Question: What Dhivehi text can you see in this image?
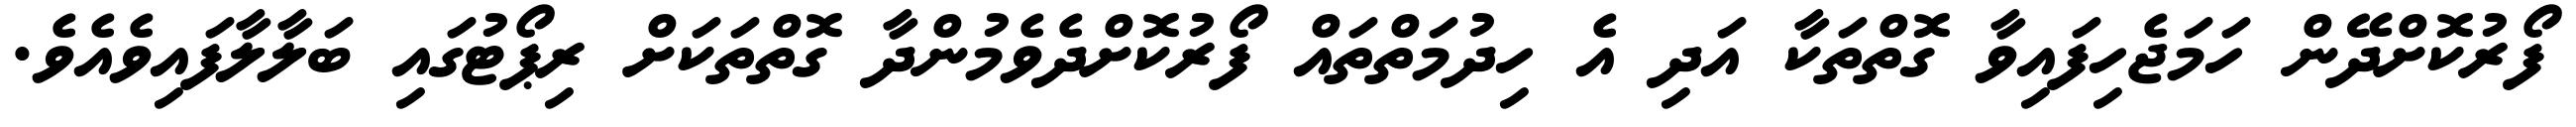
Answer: ފޯރުކޮށްދޭން ހަމަޖެހިފައިވާ ގޮތްތަކާ އަދި އެ ހިދުމަތްތައް ފޯރުކޮށްދެވެމުންދާ ގޮތްތަކަށް ރިޕޯޓުގައި ބަލާލާފައިވެއެވެ.